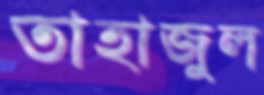
তাহাজুল